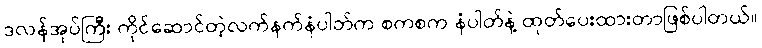
ဒလန်အုပ်ကြီး ကိုင်ဆောင်တဲ့လက်နက်နံပါတ်က စကစက နံပါတ်နဲ့ ထုတ်ပေးထားတာဖြစ်ပါတယ်။